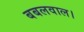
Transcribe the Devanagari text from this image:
बबलवाल।